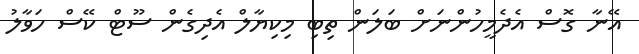
އޭނާ ގޮސް އެދެމީހުންނަށް ބަލަން ތިބި މިކިޔާލް އެދިގެން ސޫޓް ކޭސް ހަވާލު